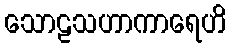
သောဠသဟာကာရေဟိ